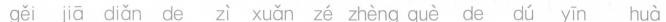
gěi jā diǎn de zì xuǎn zé zhèng què de dú yīn huà